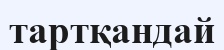
тартқандай